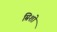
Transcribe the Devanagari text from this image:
म्रिशो